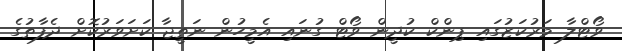
ވޯޓްލާ މަރުކަޒުގައި ޕިންކް ކުދީން ވޯޓް ގުނައި އެމީހުން ނަތީޖާ ކަށަވަރުކޮށް ދެފާތުގެ